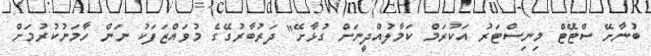
ބުނާށޭ ސްޓޭޓް މިނިސްޓަރު އަކުރަމް ކަމާލުއްދީނަށް ގުޅާށޭ" ދަރުބާރުގޭގެ މުވައްޒަފަކު ނަން ހާމަނުކުރުމަށް